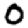
Digit: 0